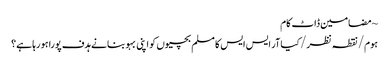
~ مضامین ڈاٹ کام
ہوم/نقطہ نظر/کیا آر ایس ایس کا مسلم بچیوں کو اپنی بہو بنانے ہدف پورا ہو رہا ہے؟